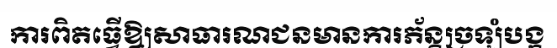
ការពិតធ្វើឱ្យសាធារណជនមានការភ័ន្តច្រឡំបង្ក